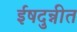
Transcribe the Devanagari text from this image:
ईषदुन्नीत